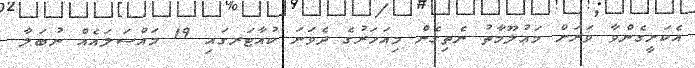
އެކަށީގެންވާ ވަރަށް މަޢުލޫމާތު ނެތިގެން މިއަހަރުގެ ދެވަނަ ކުއާޓަރގައި 19 މައްސަލައެއް ނުބަލާ